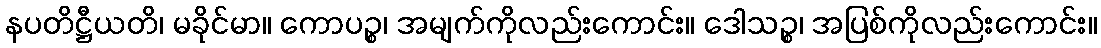
နပတိဋ္ဌီယတိ၊ မခိုင်မာ။ ကောပဉ္စ၊ အမျက်ကိုလည်းကောင်း။ ဒေါသဉ္စ၊ အပြစ်ကိုလည်းကောင်း။